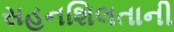
સહનશિલતાની